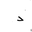
Letter: _dal